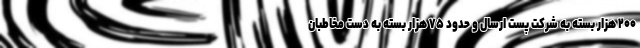
۲۰۰ هزار بسته به شرکت پست ارسال و حدود ۷۵ هزار بسته به دست مخاطبان